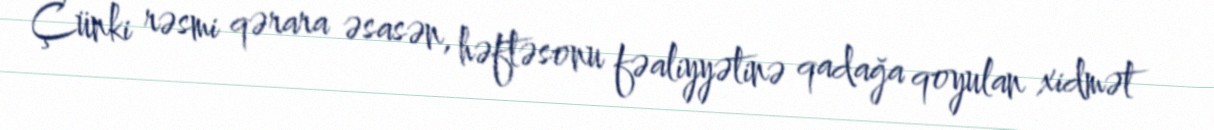
Çünki rəsmi qərara əsasən, həftəsonu fəaliyyətinə qadağa qoyulan xidmət